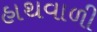
હાથવાળી